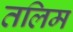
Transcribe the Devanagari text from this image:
तलिम